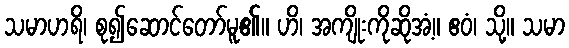
သမာဟရိ၊ စု၍ဆောင်တော်မူ၏။ ဟိ၊ အကျိုးကိုဆိုအံ့။ ဧဝံ၊ သို့။ သမာ